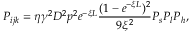
P _ { i j k } = \eta \gamma ^ { 2 } D ^ { 2 } p ^ { 2 } e ^ { - \xi L } \frac { ( 1 - e ^ { - \xi L } ) ^ { 2 } } { 9 \xi ^ { 2 } } P _ { s } P _ { l } P _ { h } ,